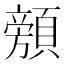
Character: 𱂜